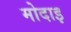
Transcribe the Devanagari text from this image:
मोदाइ